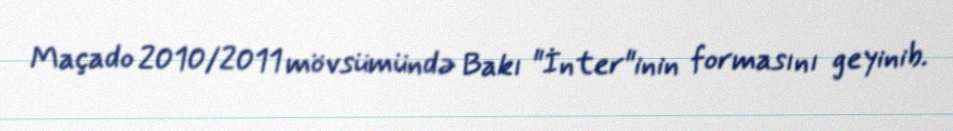
Maçado 2010/2011 mövsümündə Bakı "İnter"inin formasını geyinib.